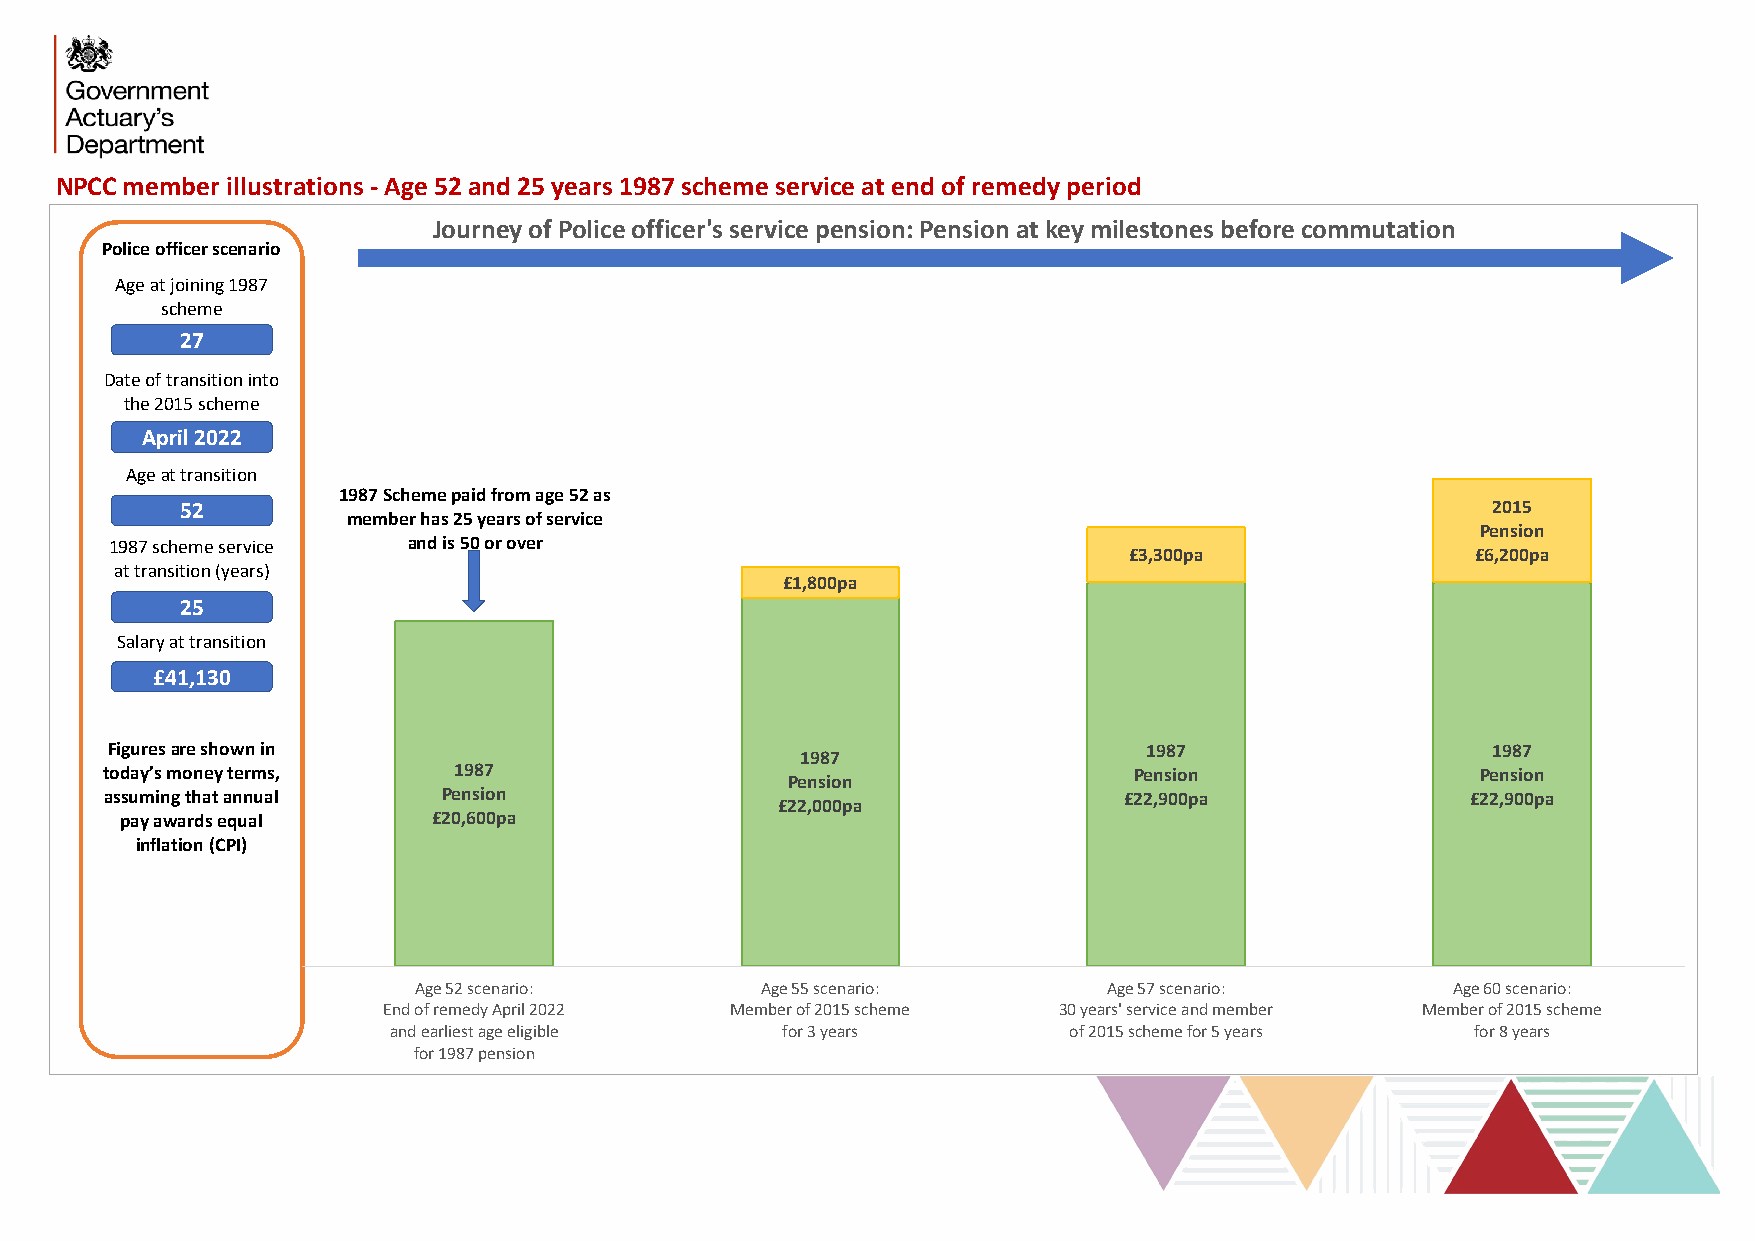
NPCC member illustrations - Age 52 and 25 years 1987 scheme service at end of remedy period
 Journey of Police officer's service pension: Pension at key milestones before commutation
 Police officer scenario
 Age at joining 1987
 scheme
 27
 Date of transition into
 the 2015 scheme
 April 2022
 Age at transition
 1987 Scheme paid from age 52 as
 52                                                                                     2015
 member has 25 years of service
 Pension
 1987 scheme service and is 50 or over
 £3,300pa               £6,200pa
 at transition (years)
 £1,800pa
 25
 Salary at transition
 £41,130
 Figuresare shown in                                                  1987                   1987
 1987
 today’s money terms,   1987                                         Pension                Pension
 Pension
 assumingthat annual   Pension                                      £22,900pa              £22,900pa
 £22,000pa
 pay awards equal     £20,600pa
 inflation (CPI)
 Age 52 scenario:       Age 55 scenario:       Age 57 scenario:       Age 60 scenario:
 End of remedy April 2022 Member of 2015 scheme 30 years' service and member Member of 2015 scheme
 and earliest age eligible for 3 years        of 2015 scheme for 5 years for 8 years
 for 1987 pension